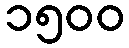
၁၅၀၀